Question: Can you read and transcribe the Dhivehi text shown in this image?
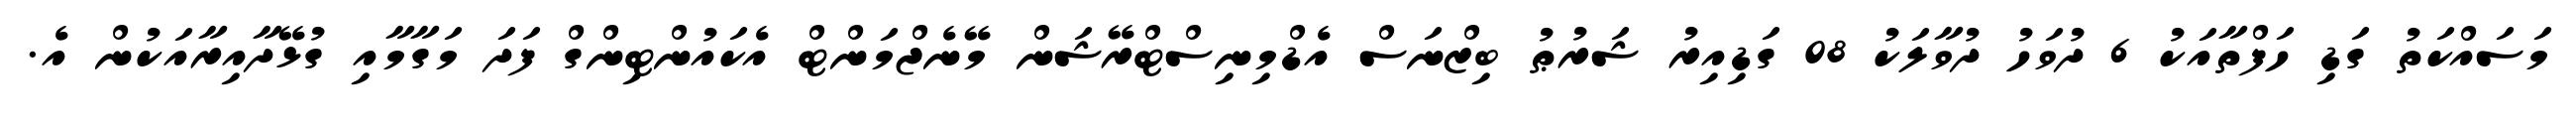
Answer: މަސައްކަތު ގަޑި ހަފްތާއަކު 6 ދުވަހު ދުވާލަކު 08 ގަޑިއިރު ޝަރުޠު ބިޒްނަސް އެޑްމިނިސްޓްރޭޝަން މޭނެޖްމަންޓް އެކައުންޓިންގް ފަދަ މަގާމާއި ގުޅޭދާއިރާއަކުން އެ.